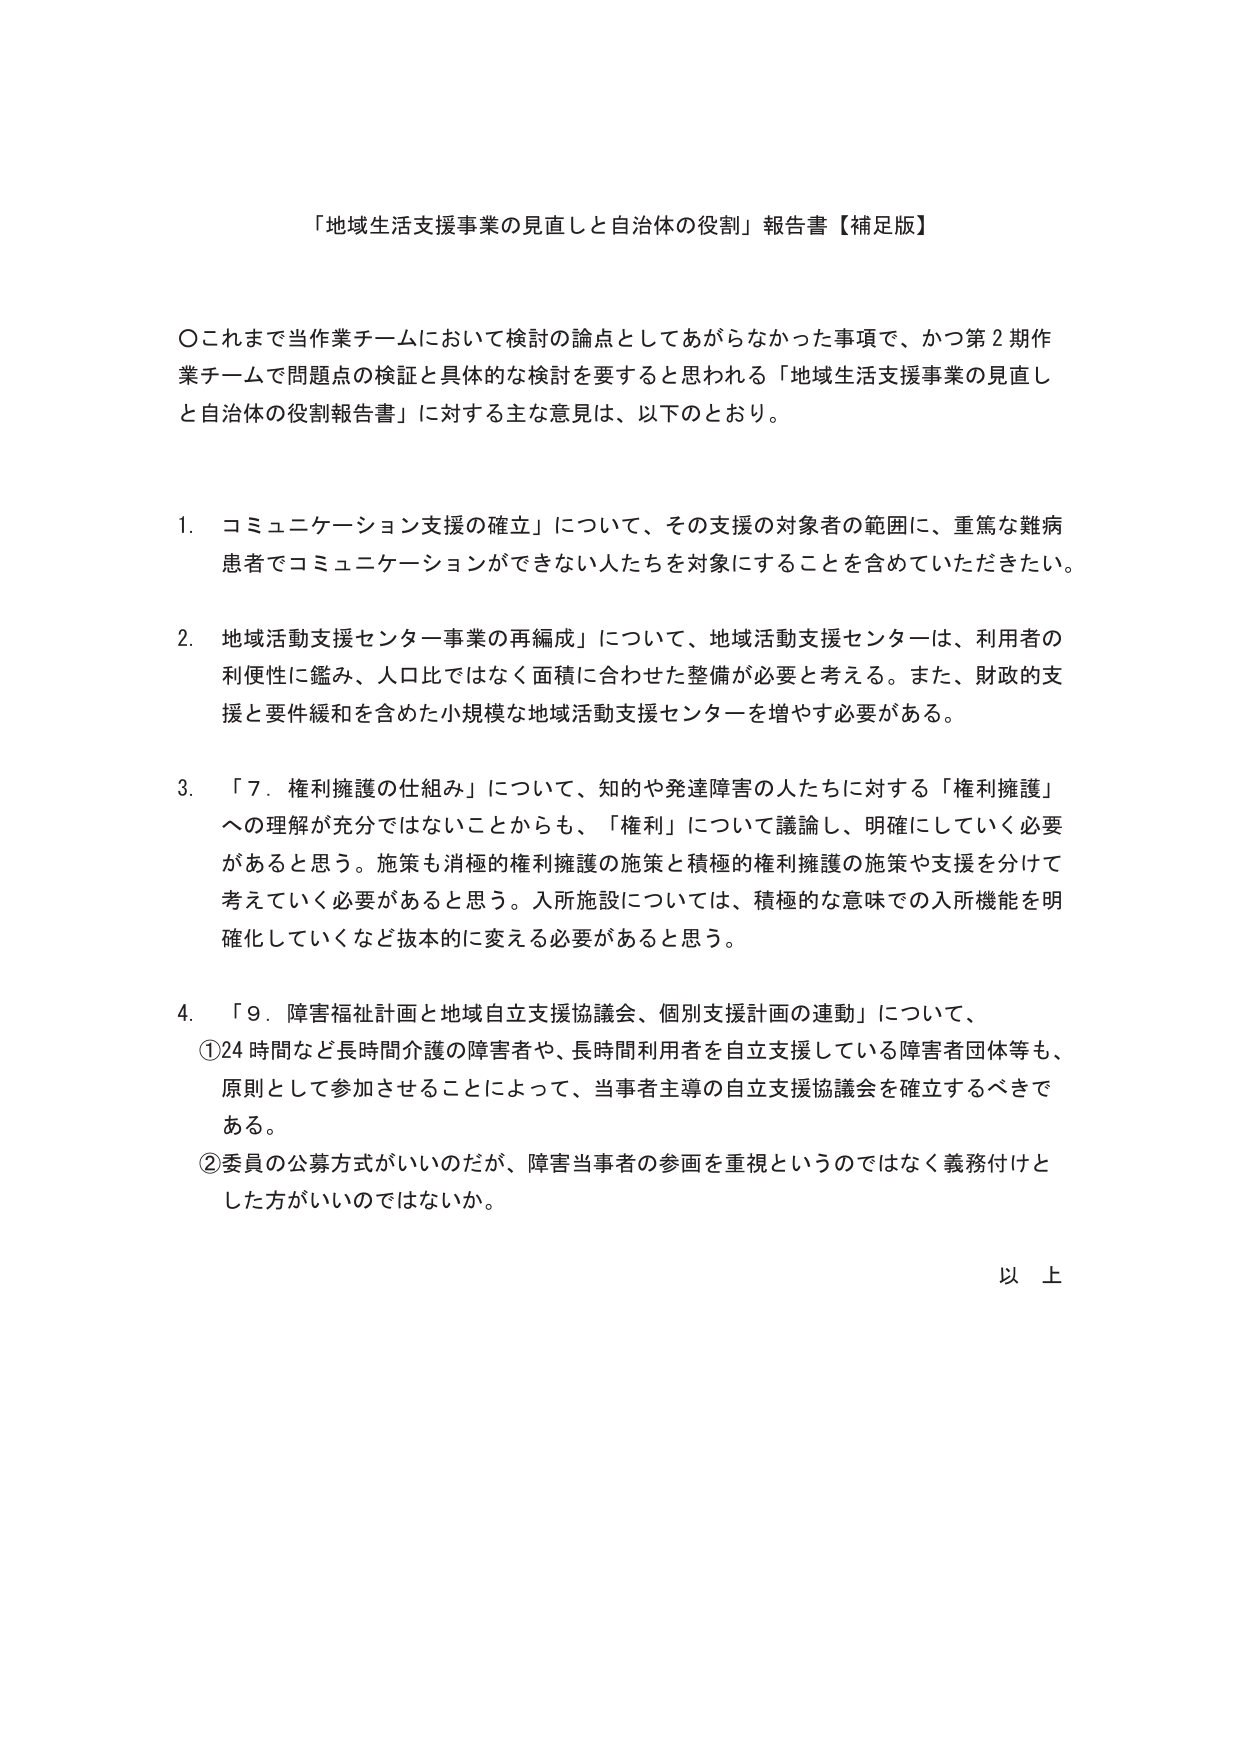
「地域生活支援事業の見直しと自治体の役割」報告書【補足版】

〇これまで当作業チームにおいて検討の論点としてあがらなかった事項で、かつ第２期作業チームで問題点の検証と具体的な検討を要すると思われる「地域生活支援事業の見直しと自治体の役割報告書」に対する主な意見は、以下のとおり。

1. コミュニケーション支援の確立」について、その支援の対象者の範囲に、重篤な難病患者でコミュニケーションができない人たちを対象にすることを含めていただきたい。

2. 地域活動支援センター事業の再編成」について、地域活動支援センターは、利用者の利便性に鑑み、人口比ではなく面積に合わせた整備が必要と考える。また、財政的支援と要件緩和を含めた小規模な地域活動支援センターを増やす必要がある。

3. 「７．権利擁護の仕組み」について、知的や発達障害の人たちに対する「権利擁護」への理解が充分ではないことからも、「権利」について議論し、明確にしていく必要があると思う。施策も消極的権利擁護の施策と積極的権利擁護の施策や支援を分けて考えていく必要があると思う。入所施設については、積極的な意味での入所機能を明確化していくなど抜本的に変える必要があると思う。

4. 「９．障害福祉計画と地域自立支援協議会、個別支援計画の連動」について、
①24時間など長時間介護の障害者や、長時間利用者を自立支援している障害者団体等も、原則として参加させることによって、当事者主導の自立支援協議会を確立するべきである。
②委員の公募方式がいいのだが、障害当事者の参画を重視というのではなく義務付けとした方がいいのではないか。

以上